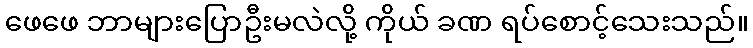
ဖေဖေ ဘာများပြောဦးမလဲလို့ ကိုယ် ခဏ ရပ်စောင့်သေးသည်။